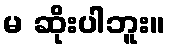
မ ဆိုးပါဘူး။